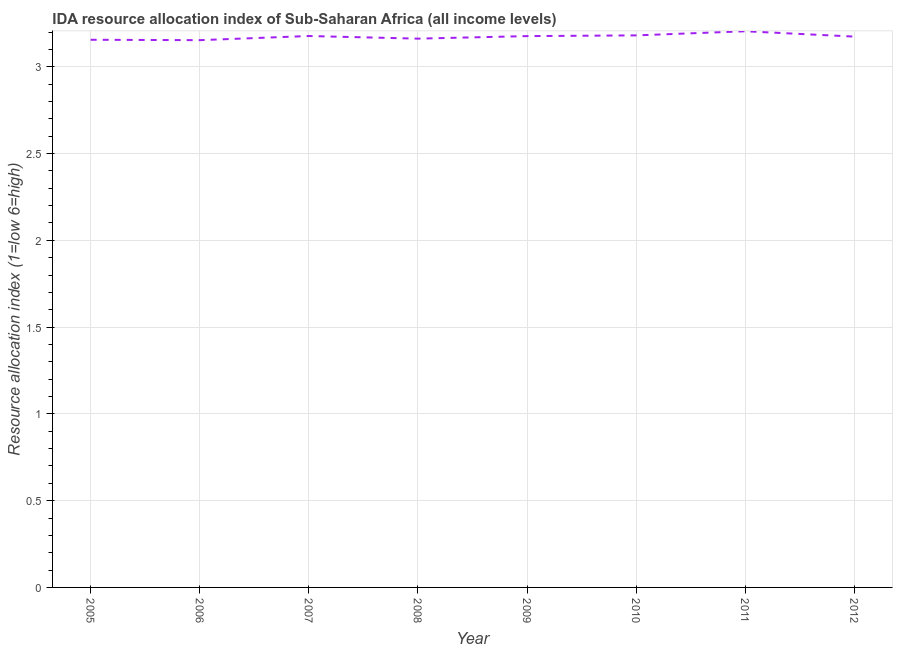
| Year | IDA resource allocation index |
 | --- | --- |
 | 2005 | 3.16 |
 | 2006 | 3.15 |
 | 2007 | 3.18 |
 | 2008 | 3.16 |
 | 2009 | 3.18 |
 | 2010 | 3.18 |
 | 2011 | 3.2 |
 | 2012 | 3.17 |